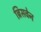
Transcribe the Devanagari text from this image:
ब्रिसवेन